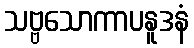
သဗ္ဗသောကာပနူဒနံ